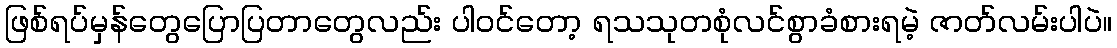
ဖြစ်ရပ်မှန်တွေပြောပြတာတွေလည်း ပါဝင်တော့ ရသသုတစုံလင်စွာခံစားရမဲ့ ဇာတ်လမ်းပါပဲ။